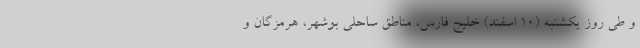
و طی روز یکشنبه (۱۰ اسفند) خلیج فارس، مناطق ساحلی بوشهر، هرمزگان و